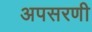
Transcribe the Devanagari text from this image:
अपसरणी